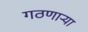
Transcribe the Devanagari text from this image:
गठणार्‍या